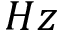
H z